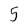
Character: 5